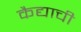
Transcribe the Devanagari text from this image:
कैद्याची